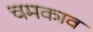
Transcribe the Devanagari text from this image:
चमकाव